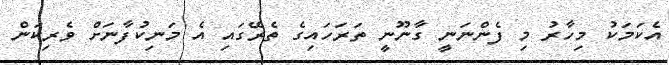
އެކަމަކު މިހާރު މި ފެންނަނީ ގާނޫނީ ތަރަހައިގެ ތެރޭގައި އެ މަނިކުފާނަށް ވެރިކަން